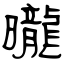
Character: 曨